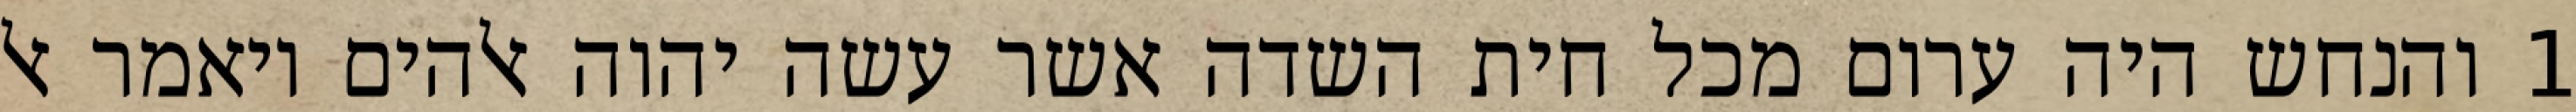
1 והנחש היה ערום מכל חית השדה אשר עשה יהוה אלהים ויאמר אל